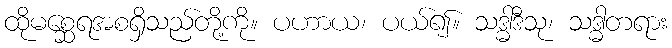
ထိုမစ္ဆေရအစရှိသည်တို့ကို။ ပဟာယ၊ ပယ်၍။ သဒ္ဓါဒီသု၊ သဒ္ဓါတရား